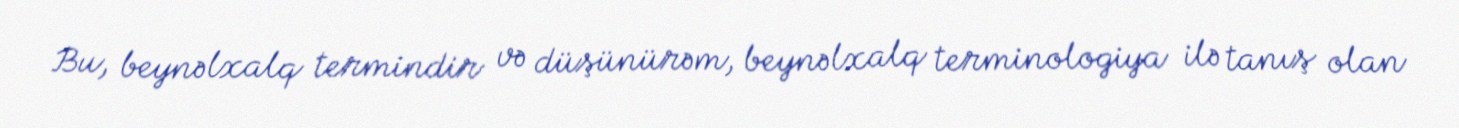
Bu, beynəlxalq termindir və düşünürəm, beynəlxalq terminologiya ilə tanış olan